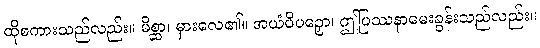
ထိုစကားသည်လည်း။ မိစ္ဆာ၊ မှားလေ၏။ အယံပိပဉှော၊ ဤပြဿနာမေးခွန်းသည်လည်း။